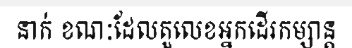
នាក់ ខណៈដែលតួលេខអ្នកដើរកម្សាន្ត